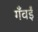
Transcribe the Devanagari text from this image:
गँवईं